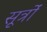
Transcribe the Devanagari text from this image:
सूर्त्रों